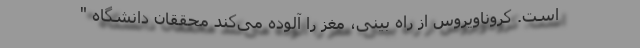
است. کروناویروس از راه بینی، مغز را آلوده می‌کند محققان دانشگاه "